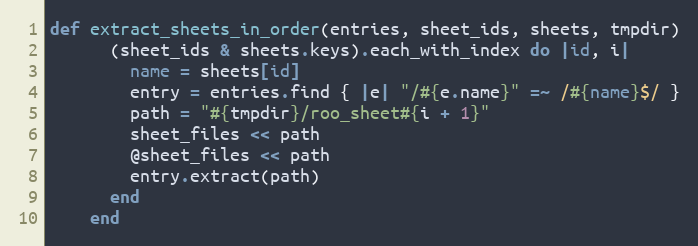
Language: Ruby
def extract_sheets_in_order(entries, sheet_ids, sheets, tmpdir)
      (sheet_ids & sheets.keys).each_with_index do |id, i|
        name = sheets[id]
        entry = entries.find { |e| "/#{e.name}" =~ /#{name}$/ }
        path = "#{tmpdir}/roo_sheet#{i + 1}"
        sheet_files << path
        @sheet_files << path
        entry.extract(path)
      end
    end